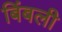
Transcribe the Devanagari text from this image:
बिंबली